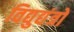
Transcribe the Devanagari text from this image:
विद्युद्यंत्रों